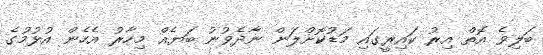
ބަލިވެ އޮތް އިރު ކައިރީގައި މަޑުކޮށްލަން ނާދެވުނު ބަޔެއް މިހާރު އެހެން އުޅުމުގެ